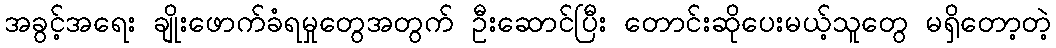
အခွင့်အရေး ချိုးဖောက်ခံရမှုတွေအတွက် ဦးဆောင်ပြီး တောင်းဆိုပေးမယ့်သူတွေ မရှိတော့တဲ့